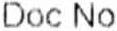
DOC NO